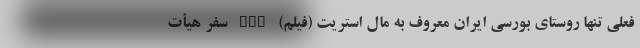
فعلی تنها روستای بورسی ایران معروف به مال استریت (فیلم) nan سفر هیأت